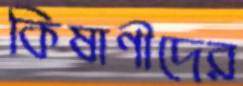
কিষাণীদের